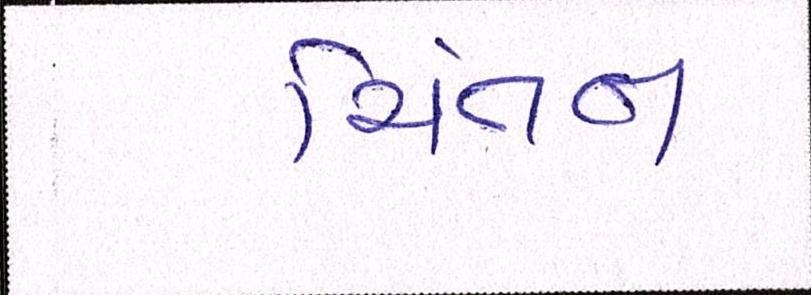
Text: ચિંતન